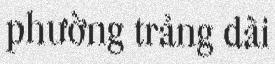
phường trảng dài